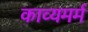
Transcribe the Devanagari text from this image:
काव्यमर्म